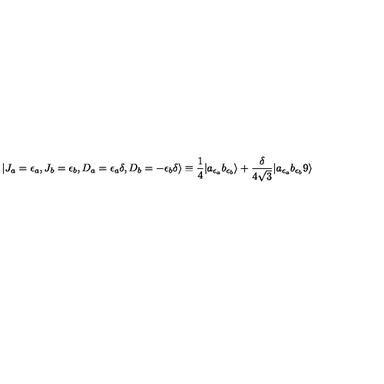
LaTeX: | J _ { a } = { \epsilon _ { a } } , J _ { b } = { \epsilon _ { b } } , D _ { a } = \epsilon _ { a } \delta , D _ { b } = - \epsilon _ { b } \delta \rangle \equiv { \frac { 1 } { 4 } } | a _ { \epsilon _ { a } } b _ { \epsilon _ { b } } \rangle + { \frac { \delta } { 4 \sqrt { 3 } } } | a _ { \epsilon _ { a } } b _ { \epsilon _ { b } } 9 \rangle